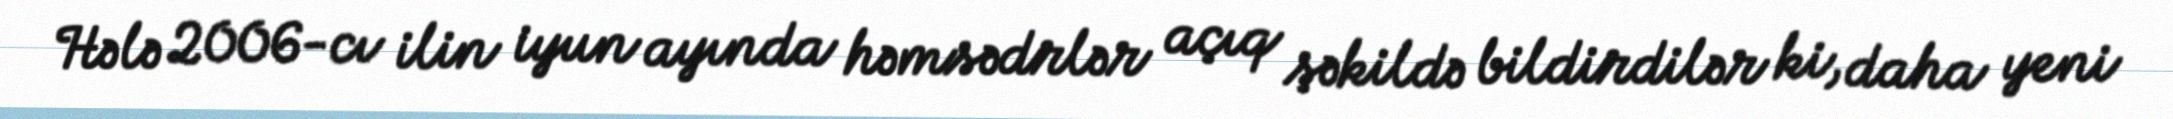
Hələ 2006-cı ilin iyun ayında həmsədrlər açıq şəkildə bildirdilər ki, daha yeni